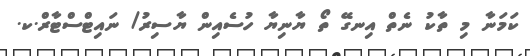
ކަމަނާ މި ތާކު ނެތް އިނގޭ ތޯ ޔާނިޔާ ހުސެއިން ޔާސިރު/ ނައިޓްސްޓާރް.ކ.